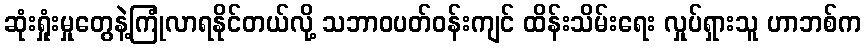
ဆုံးရှုံးမှုတွေနဲ့ကြုံလာရနိုင်တယ်လို့ သဘာဝပတ်ဝန်းကျင် ထိန်းသိမ်းရေး လှုပ်ရှားသူ ဟာဘစ်က